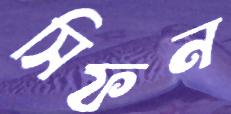
সিফন